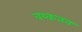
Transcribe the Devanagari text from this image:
वय्कतव